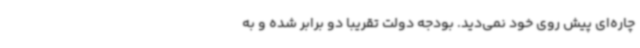
چاره‌ای پیش‌ روی خود نمی‌دید. بودجه دولت تقریباً دو برابر شده و به